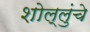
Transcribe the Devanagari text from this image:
शोल्लुंचे